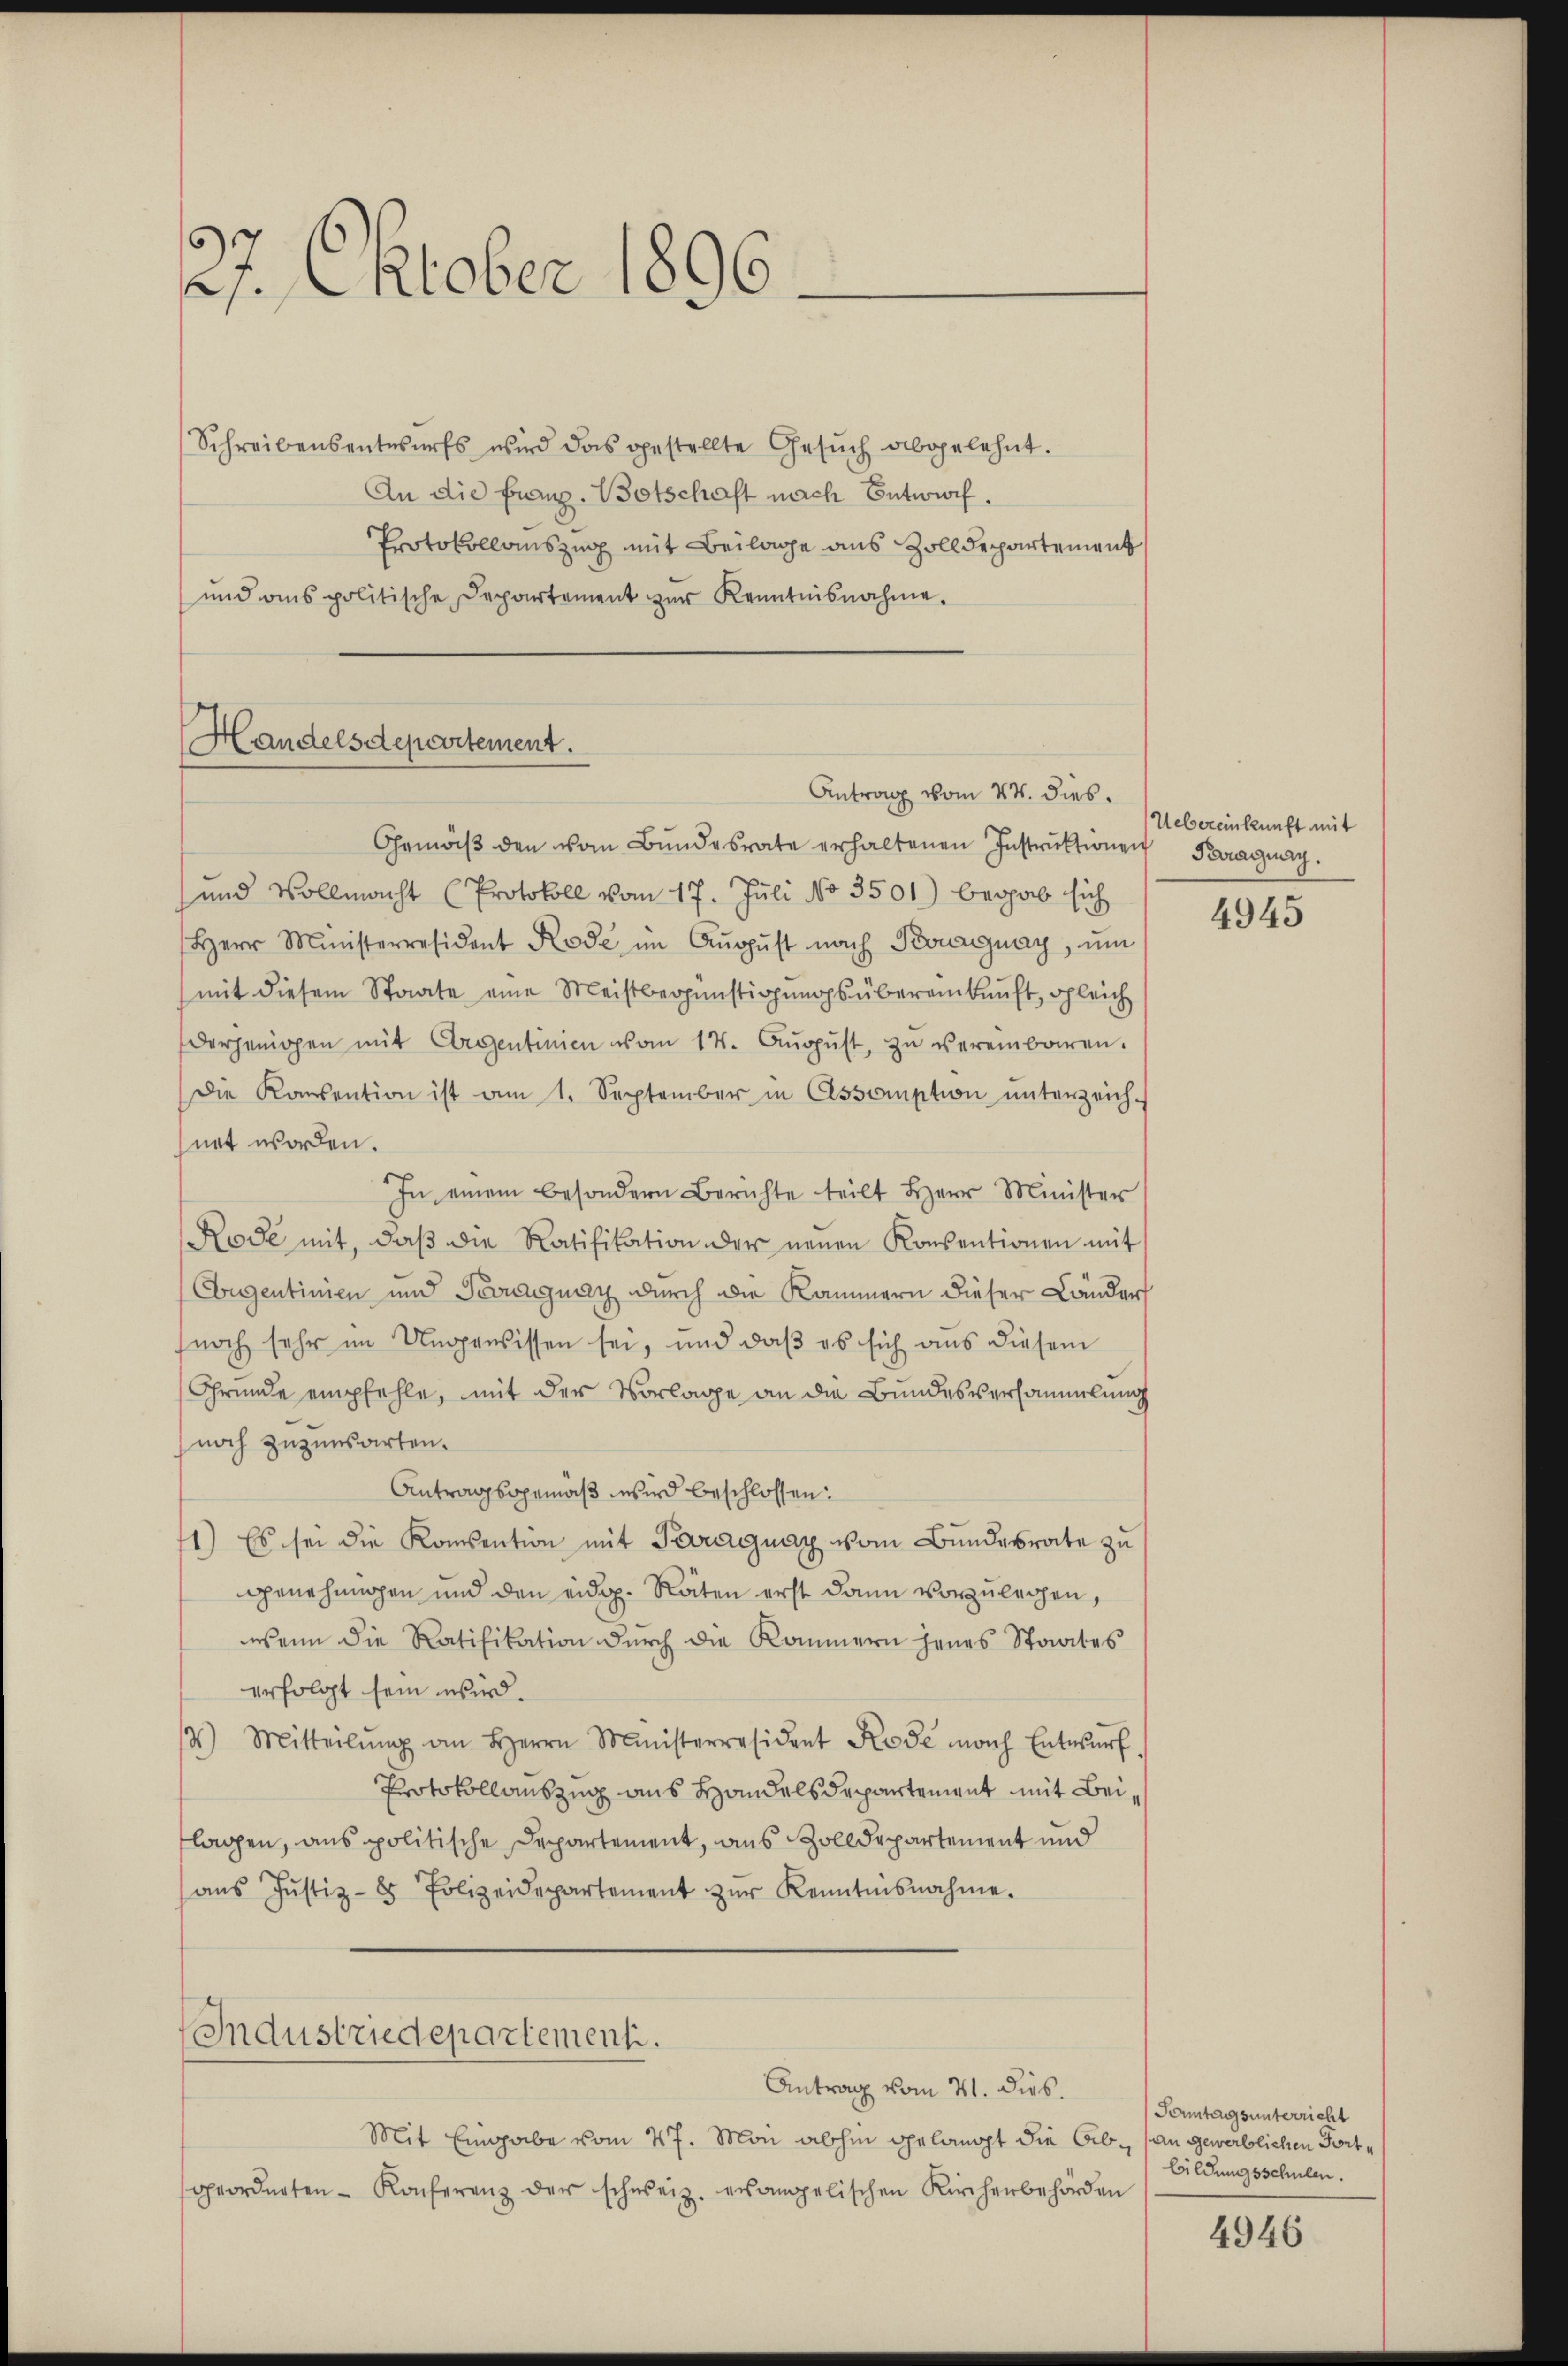
27. Oktober 1896.

Schreibensentwŭrfs wird das gestellte Gesŭch abgelehnt.
An die Franz. Botschaft nach Entwurf.
Protokollauszug mit Beilage aus Zolldepartement
und ans politische Departement zŭr Kenntnisnahme.

Handelsdepartement.
Antrag vom 24. dies

Gemäβ den vom Bŭndesrate erhaltenen Instrŭktionen Paraguay.
und Vollmacht (Protokoll vom 17. Juli No 3501) begab sich
Herr Ministerresident Kode im Aŭgŭst nach Kouanay, ŭm
mit diesem Staate eine Meistbegünstigungsübereinkunft, gleich
derjenigen mit Eigentinien vom 14. Aŭgŭst zŭ vereinbaren.
Die Konsention ist am 1. September in Essomption unterzeichnet worden.
In einem besondern Berichte teilt Herr Minister
Rode mit, daβ die Ratifikation der neuen Konsentionen mit
Cougentinien und Teigung durch die Kammern dieser Länder
noch sehr im Ungewissen sei, und daβ es sich aus diesem
Grunde empfehle, mit der Vorlage an die Bundesversammlung
noch zuzumsarten.
Antragsgemäß wird beschlossen:
1) Es sei die Konsention mit Paraguay vom Bundesrate zu
genehmigen und den eidg. Räten erst dann vorzulegen,
wenn die Ratifikation durch die Kommern jenes Staates
erfolgt sein wird.
3) Mitteilŭng an Herrn Ministerresident Kode nach Entwŭrf.
Protokollauszug aus Handelsdepartement mit Beilagen, aus politische Departement, aus Zolldepartement und
aŭs Jŭstiz-8 Polizeidepartement zŭr Kenntnisnahme.

Industriedepartement.
Antrag vom 21. dies.

Mit Eingabe vom 27. Man abhin gelangt die Ob. (an gewerblichen Fortgeordneten Konferenz der schweiz. ersangelischen Kirchenbehörden

Uebereinkunft mit

4945

Sonntagsunterricht
bildungsschulen.

4946